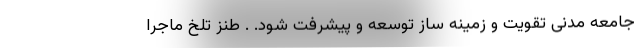
جامعه مدنی تقویت و زمینه ساز توسعه و پیشرفت شود. . طنز تلخ ماجرا